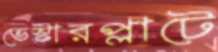
ভেস্টারপ্লাটে